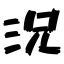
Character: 況